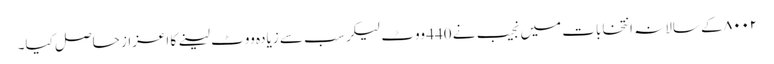
۸۰۰۲ کے سالانہ انتخابات میں نجیب نے 440 ووٹ لیکر سب سے زیادہ ووٹ لینے کا اعزاز حاصل کیا۔